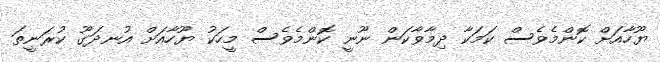
ޔޫހާއަށް ކޮންމެވެސް ކަމަކާ ދިމާވާކަން ނޫނީ ކޮންމެވެސް މީހަކު ޔޫހާއަށް އުނދަގޫ ކުރަނީތަ